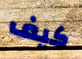
كيف